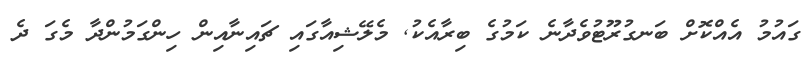
ގައުމު އެއްކޮށް ބަނގުރޫޓުވެދާނެ ކަމުގެ ބިރާއެކު